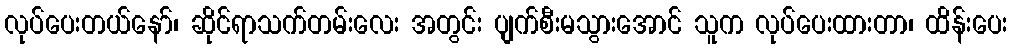
လုပ်ပေးတယ်နော်၊ ဆိုင်ရာသက်တမ်းလေး အတွင်း ပျက်စီးမသွားအောင် သူက လုပ်ပေးထားတာ၊ ထိန်းပေး